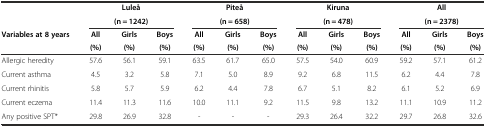
|  | <COLSPAN=3> LuleÅ | <COLSPAN=3> PiteÅ | <COLSPAN=3> Kiruna | <COLSPAN=3> All |
 |  | <COLSPAN=3> (n = 1242) | <COLSPAN=3> (n = 658) | <COLSPAN=3> (n = 478) | <COLSPAN=3> (n = 2378) |
 | Variables at 8 years | All | Girls | Boys | All | Girls | Boys | All | Girls | Boys | All | Girls | Boys |
 |  | (%) | (%) | (%) | (%) | (%) | (%) | (%) | (%) | (%) | (%) | (%) | (%) |
 | --- | --- | --- | --- | --- | --- | --- | --- | --- | --- | --- | --- | --- |
 | Allergic heredity | 57.6 | 56.1 | 59.1 | 63.5 | 61.7 | 65.0 | 57.5 | 54.0 | 60.9 | 59.2 | 57.1 | 61.2 |
 | Current asthma | 4.5 | 3.2 | 5.8 | 7.1 | 5.0 | 8.9 | 9.2 | 6.8 | 11.5 | 6.2 | 4.4 | 7.8 |
 | Current rhinitis | 5.8 | 5.7 | 5.9 | 6.2 | 4.4 | 7.8 | 6.7 | 5.1 | 8.2 | 6.1 | 5.2 | 6.9 |
 | Current eczema | 11.4 | 11.3 | 11.6 | 10.0 | 11.1 | 9.2 | 11.5 | 9.8 | 13.2 | 11.1 | 10.9 | 11.2 |
 | Any positive SPT* | 29.8 | 26.9 | 32.8 | - | - | - | 29.3 | 26.4 | 32.2 | 29.7 | 26.8 | 32.6 |